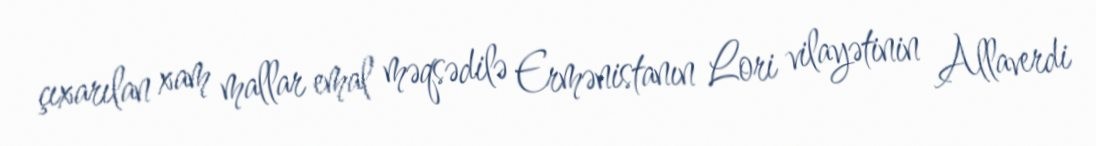
çıxarılan xam mallar emal məqsədilə Ermənistanın Lori vilayətinin Allaverdi